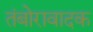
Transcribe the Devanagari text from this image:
तंबोरावादक